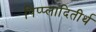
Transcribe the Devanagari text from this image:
पिप्प्लादितीर्थ